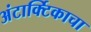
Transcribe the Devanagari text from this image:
अंटार्क्टिकाचा